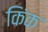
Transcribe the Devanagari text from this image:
किंक